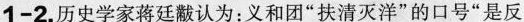
1-2.历史学家蒋廷黻认为：义和团”扶清灭洋”的口号”是反